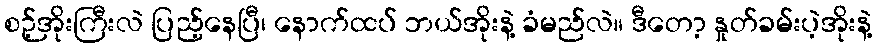
စဉ့်အိုးကြီးလဲ ပြည့်နေပြီ၊ နောက်ထပ် ဘယ်အိုးနဲ့ ခံမည်လဲ။ ဒီတော့ နှုတ်ခမ်းပဲ့အိုးနဲ့